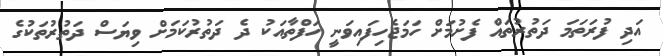
އަދި ފުރަތަމަަ ދަތުރުތައް ފެށުމަށް ހަމަޖެހިފައިވަނީ ހަފްތާއަކު ދެ ދަތުރުކަމަަށް ވިޔަސް ދަތުރުތަކުގެ